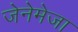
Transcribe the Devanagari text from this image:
जेनेमेजा